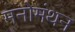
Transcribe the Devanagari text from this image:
मनोमंथन